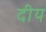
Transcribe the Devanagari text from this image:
दीय